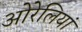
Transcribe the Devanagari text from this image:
ओरेलियां